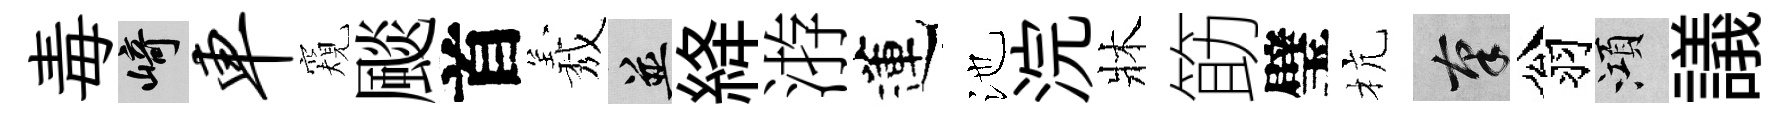
毒崎车窺颷首𦏁并絳㳺蓮池浣牀筯璧杭筆翁澒議